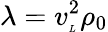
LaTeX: \lambda=v_{\tiny L}^{2}\rho_{0}